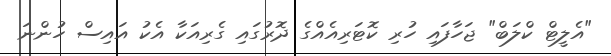
"އެލީޓް ކްލަބް" ޖަހާފައި ހުރި ކޮޓަރިއެއްގެ ދޮރުގައި ގެރިއަކާ އެކު އައިސް ހުންނަ